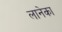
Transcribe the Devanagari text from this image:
लानेका